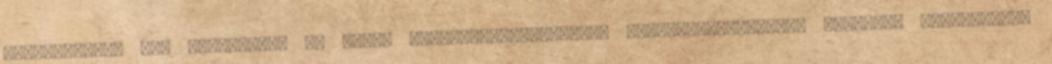
közlekedési, fix telepítésű és mobil tartalék-áramforrás, mikro-kogenerációs rendszer telepítése.